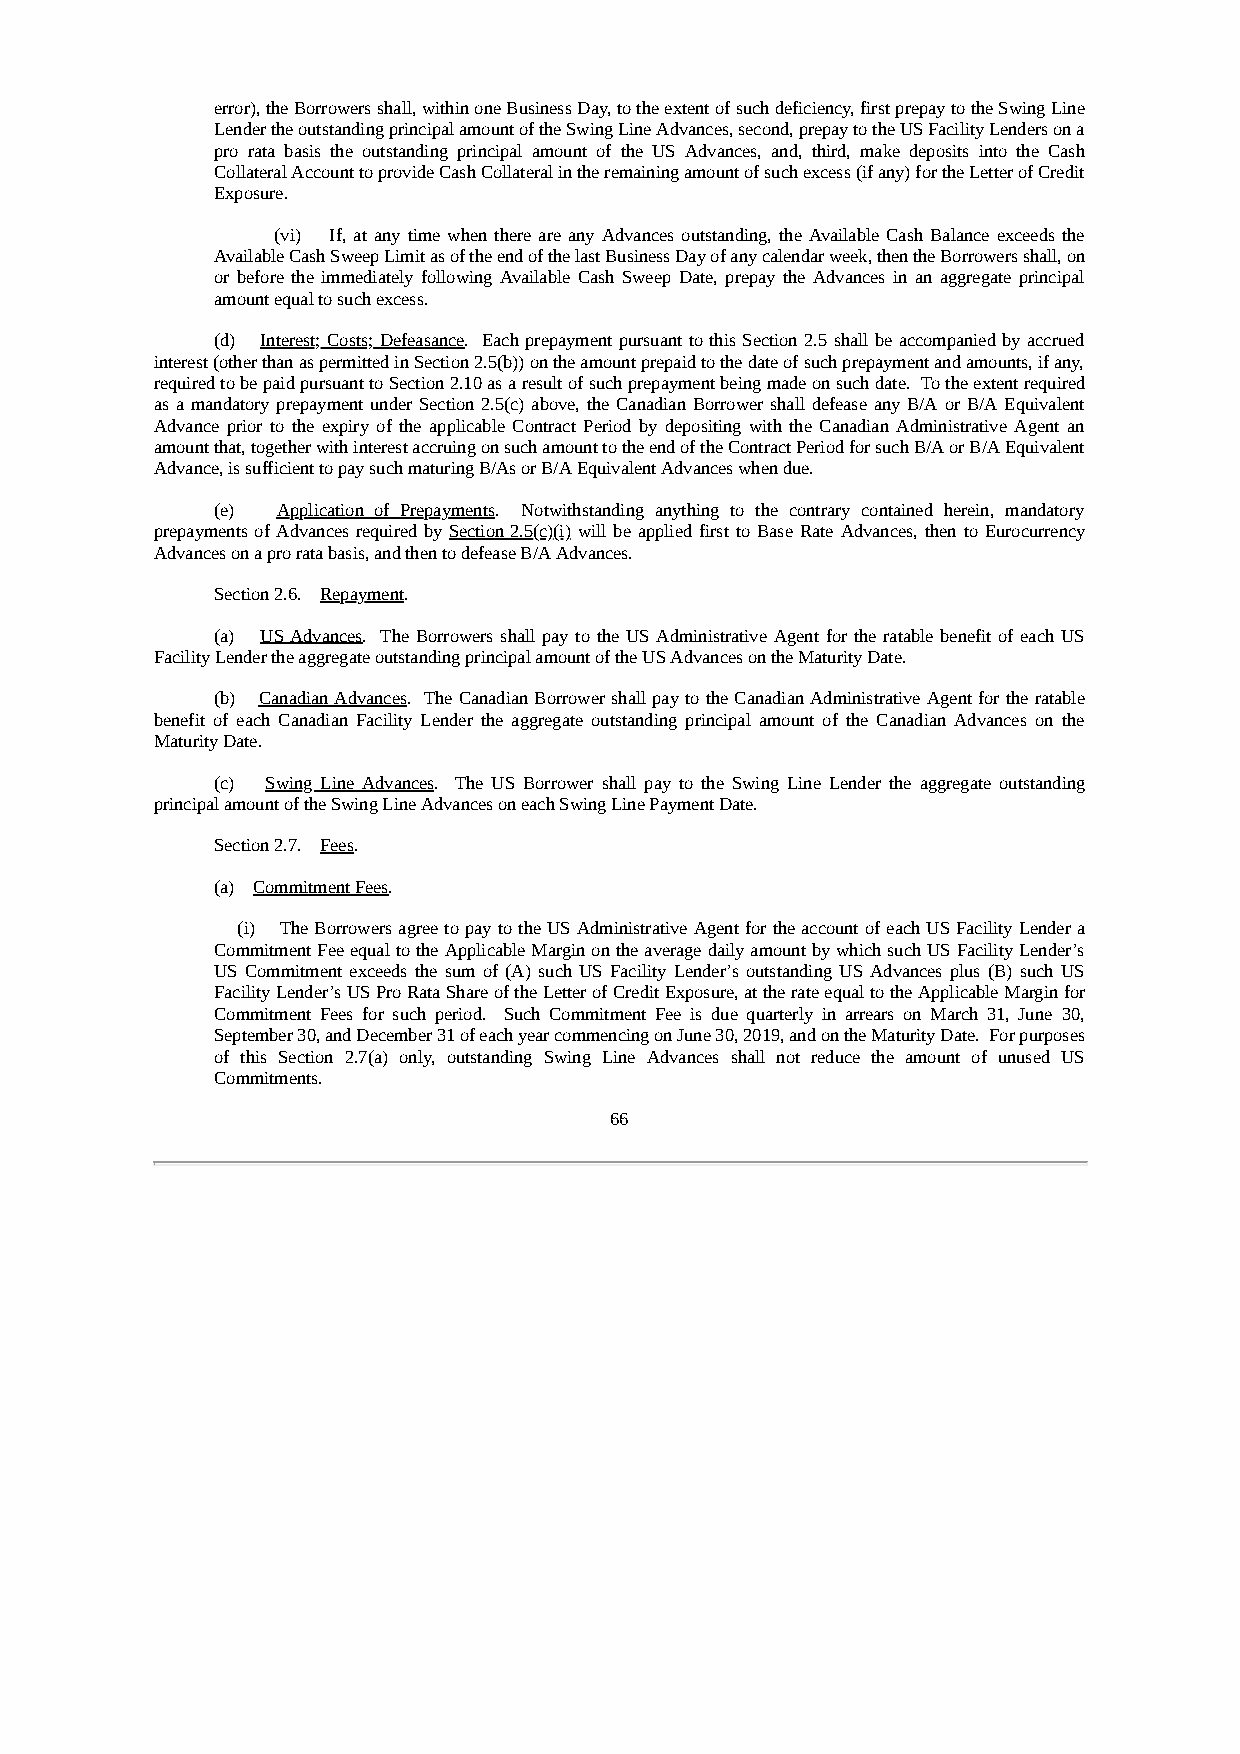
error), the Borrowers shall, within one Business Day, to the extent of such deficiency, first prepay to the Swing Line
 Lender the outstanding principal amount of the Swing Line Advances, second, prepay to the US Facility Lenders on a
 pro rata basis the outstanding principal amount of the US Advances, and, third, make deposits into the Cash
 Collateral Account to provide Cash Collateral in the remaining amount of such excess (if any) for the Letter of Credit
 Exposure.
 (vi) If, at any time when there are any Advances outstanding, the Available Cash Balance exceeds the
 Available Cash Sweep Limit as of the end of the last Business Day of any calendar week, then the Borrowers shall, on
 or before the immediately following Available Cash Sweep Date, prepay the Advances in an aggregate principal
 amount equal to such excess.
 (d) Interest; Costs; Defeasance. Each prepayment pursuant to this Section 2.5 shall be accompanied by accrued
 interest (other than as permitted in Section 2.5(b)) on the amount prepaid to the date of such prepayment and amounts, if any,
 required to be paid pursuant to Section 2.10 as a result of such prepayment being made on such date. To the extent required
 as a mandatory prepayment under Section 2.5(c) above, the Canadian Borrower shall defease any B/A or B/A Equivalent
 Advance prior to the expiry of the applicable Contract Period by depositing with the Canadian Administrative Agent an
 amount that, together with interest accruing on such amount to the end of the Contract Period for such B/A or B/A Equivalent
 Advance, is sufficient to pay such maturing B/As or B/A Equivalent Advances when due.
 (e) Application of Prepayments. Notwithstanding anything to the contrary contained herein, mandatory
 prepayments of Advances required by Section 2.5(c)(i) will be applied first to Base Rate Advances, then to Eurocurrency
 Advances on a pro rata basis, and then to defease B/A Advances.
 Section 2.6. Repayment.
 (a) US Advances. The Borrowers shall pay to the US Administrative Agent for the ratable benefit of each US
 Facility Lender the aggregate outstanding principal amount of the US Advances on the Maturity Date.
 (b) Canadian Advances. The Canadian Borrower shall pay to the Canadian Administrative Agent for the ratable
 benefit of each Canadian Facility Lender the aggregate outstanding principal amount of the Canadian Advances on the
 Maturity Date.
 (c) Swing Line Advances. The US Borrower shall pay to the Swing Line Lender the aggregate outstanding
 principal amount of the Swing Line Advances on each Swing Line Payment Date.
 Section 2.7. Fees.
 (a) Commitment Fees.
 (i) The Borrowers agree to pay to the US Administrative Agent for the account of each US Facility Lender a
 Commitment Fee equal to the Applicable Margin on the average daily amount by which such US Facility Lender’s
 US Commitment exceeds the sum of (A) such US Facility Lender’s outstanding US Advances plus (B) such US
 Facility Lender’s US Pro Rata Share of the Letter of Credit Exposure, at the rate equal to the Applicable Margin for
 Commitment Fees for such period. Such Commitment Fee is due quarterly in arrears on March 31, June 30,
 September 30, and December 31 of each year commencing on June 30, 2019, and on the Maturity Date. For purposes
 of this Section 2.7(a) only, outstanding Swing Line Advances shall not reduce the amount of unused US
 Commitments.
 66